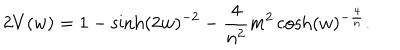
2 V ( w ) = 1 - \sinh ( 2 w ) ^ { - 2 } - \frac { 4 } { n ^ { 2 } } m ^ { 2 } \cosh ( w ) ^ { - \frac { 4 } { n } } .